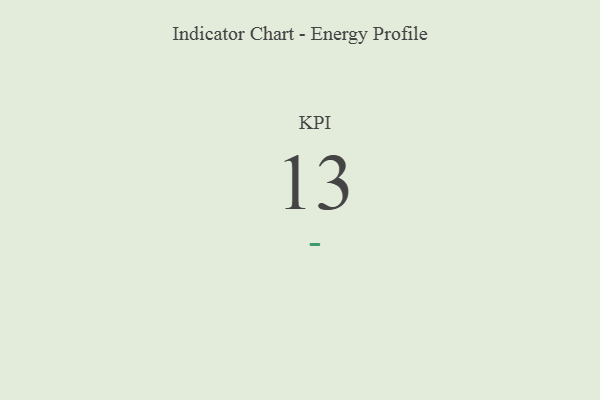
{"axis": {"x": "KPI", "y": "Value"}, "legend": [""], "data": [{"x": "KPI", "y": 13, "type": ""}]}